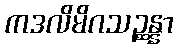
ကဒလိမိဂသဉ္ဆန္နာ